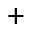
^ +